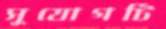
সুযোগটি